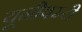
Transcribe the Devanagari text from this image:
यूनीवस्र्टी